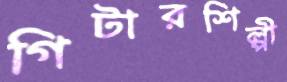
গিটারশিল্পী